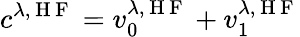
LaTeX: c^{\lambda,\mathrm{~H~F~}}=v_{0}^{\lambda,\mathrm{~H~F~}}+v_{1}^{\lambda,\mathrm{~H~F~}}